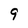
Character: 9